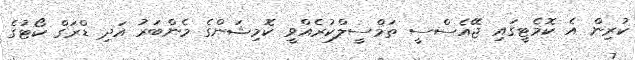
ކުރިން އެ ކޮމެޓީގައި ޖޭއެސްސީ ތަމްސީލްކުރެއްވީ ކޮމިޝަންގެ މެންބަރު އަދި ޑްރަގް ކޯޓުގެ